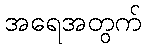
အရေအတွက်